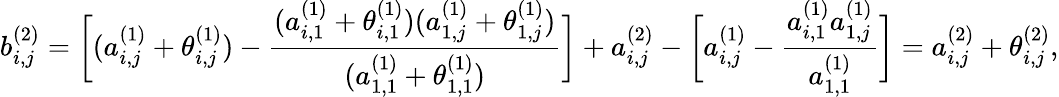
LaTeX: b_{i,j}^{(2)}=\bigg[(a_{i,j}^{(1)}+\theta_{i,j}^{(1)})-\frac{(a_{i,1}^{(1)}+\theta_{i,1}^{(1)})(a_{1,j}^{(1)}+\theta_{1,j}^{(1)})}{(a_{1,1}^{(1)}+\theta_{1,1}^{(1)})}\bigg]+a_{i,j}^{(2)}-\bigg[a_{i,j}^{(1)}-\frac{a_{i,1}^{(1)}a_{1,j}^{(1)}}{a_{1,1}^{(1)}}\bigg]=a_{i,j}^{(2)}+\theta_{i,j}^{(2)},